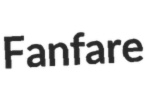
Fanfare